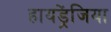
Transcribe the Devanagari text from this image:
हायड्रेंजिया